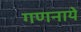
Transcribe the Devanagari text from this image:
गणनाये